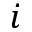
i